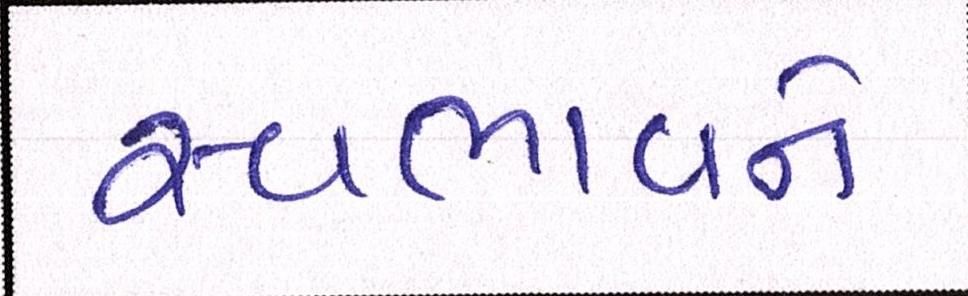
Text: સ્વભાવને